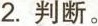
2.判断。